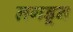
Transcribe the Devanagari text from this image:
लगडून